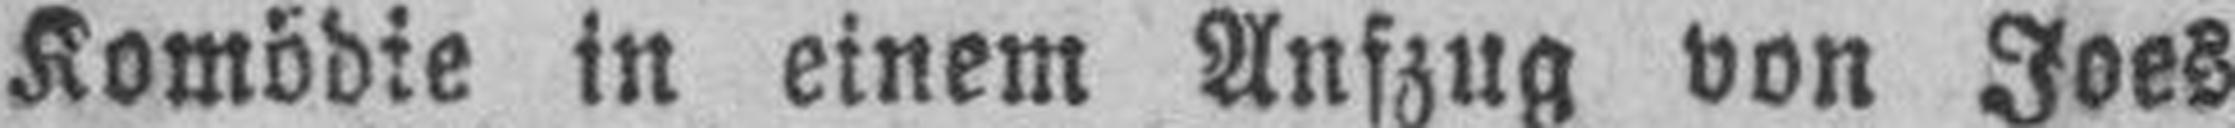
Komödie in einem Aufzug von Joes